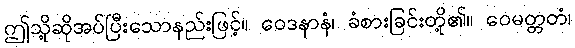
ဤသို့ဆိုအပ်ပြီးသောနည်းဖြင့်။ ဝေဒနာနံ၊ ခံစားခြင်းတို့၏။ ဝေမတ္တတံ၊